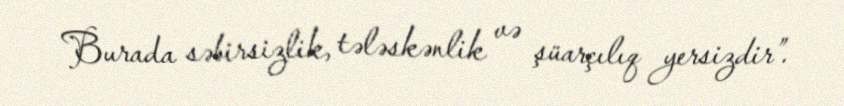
Burada səbirsizlik, tələskənlik və şüarçılıq yersizdir”.